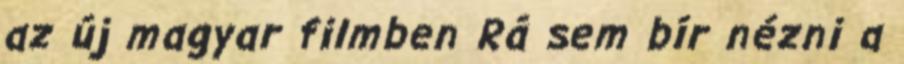
az új magyar filmben Rá sem bír nézni a